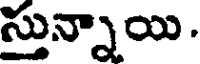
స్తున్నాయి.